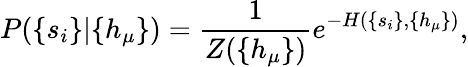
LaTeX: P(\{ s_{i}\} |\{ h_{\mu}\} )=\frac{1}{Z(\{ h_{\mu}\} )}e^{-H(\{ s_{i}\} ,\{ h_{\mu}\} )},